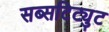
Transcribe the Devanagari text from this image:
सब्सटिट्युट